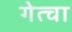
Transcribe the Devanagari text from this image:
गेत्चा